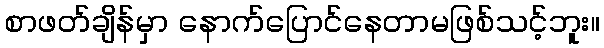
စာဖတ်ချိန်မှာ နောက်ပြောင်နေတာမဖြစ်သင့်ဘူး။